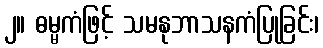
၂။ ဓမ္မကံဖြင့် သမနုဘာသနကံပြုခြင်း၊